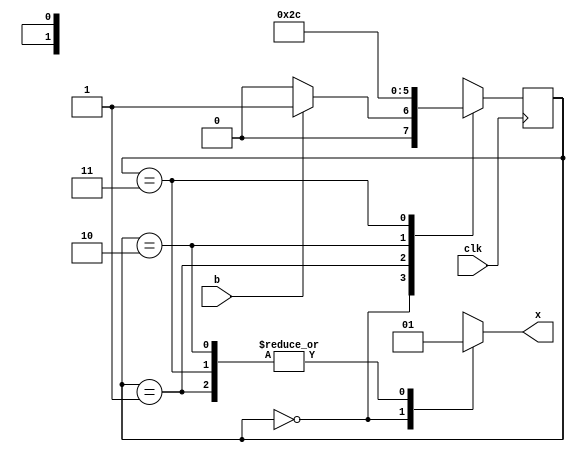
module timercontroller (x, b, clk);
	input b, clk;
	output x;
	reg x;
	reg [1:0] PS;
	
	parameter OFF = 0, ON1 = 1, ON2 = 2, ON3 = 3;
	parameter NOTILLUMINATING = 0, ILLUMINATING = 1;
	
	always @(posedge clk)
		case (PS)
			OFF: PS <= b ? ON1 : OFF;
			ON1: PS <= ON2;
			ON2: PS <= ON3;
			ON3: PS <= OFF;
			default: PS <= OFF;
		endcase
	always @(PS)
		case (PS)
			OFF: x = NOTILLUMINATING;
			ON1, ON2, ON3: x = ILLUMINATING;
		endcase
endmodule